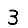
Digit: 3